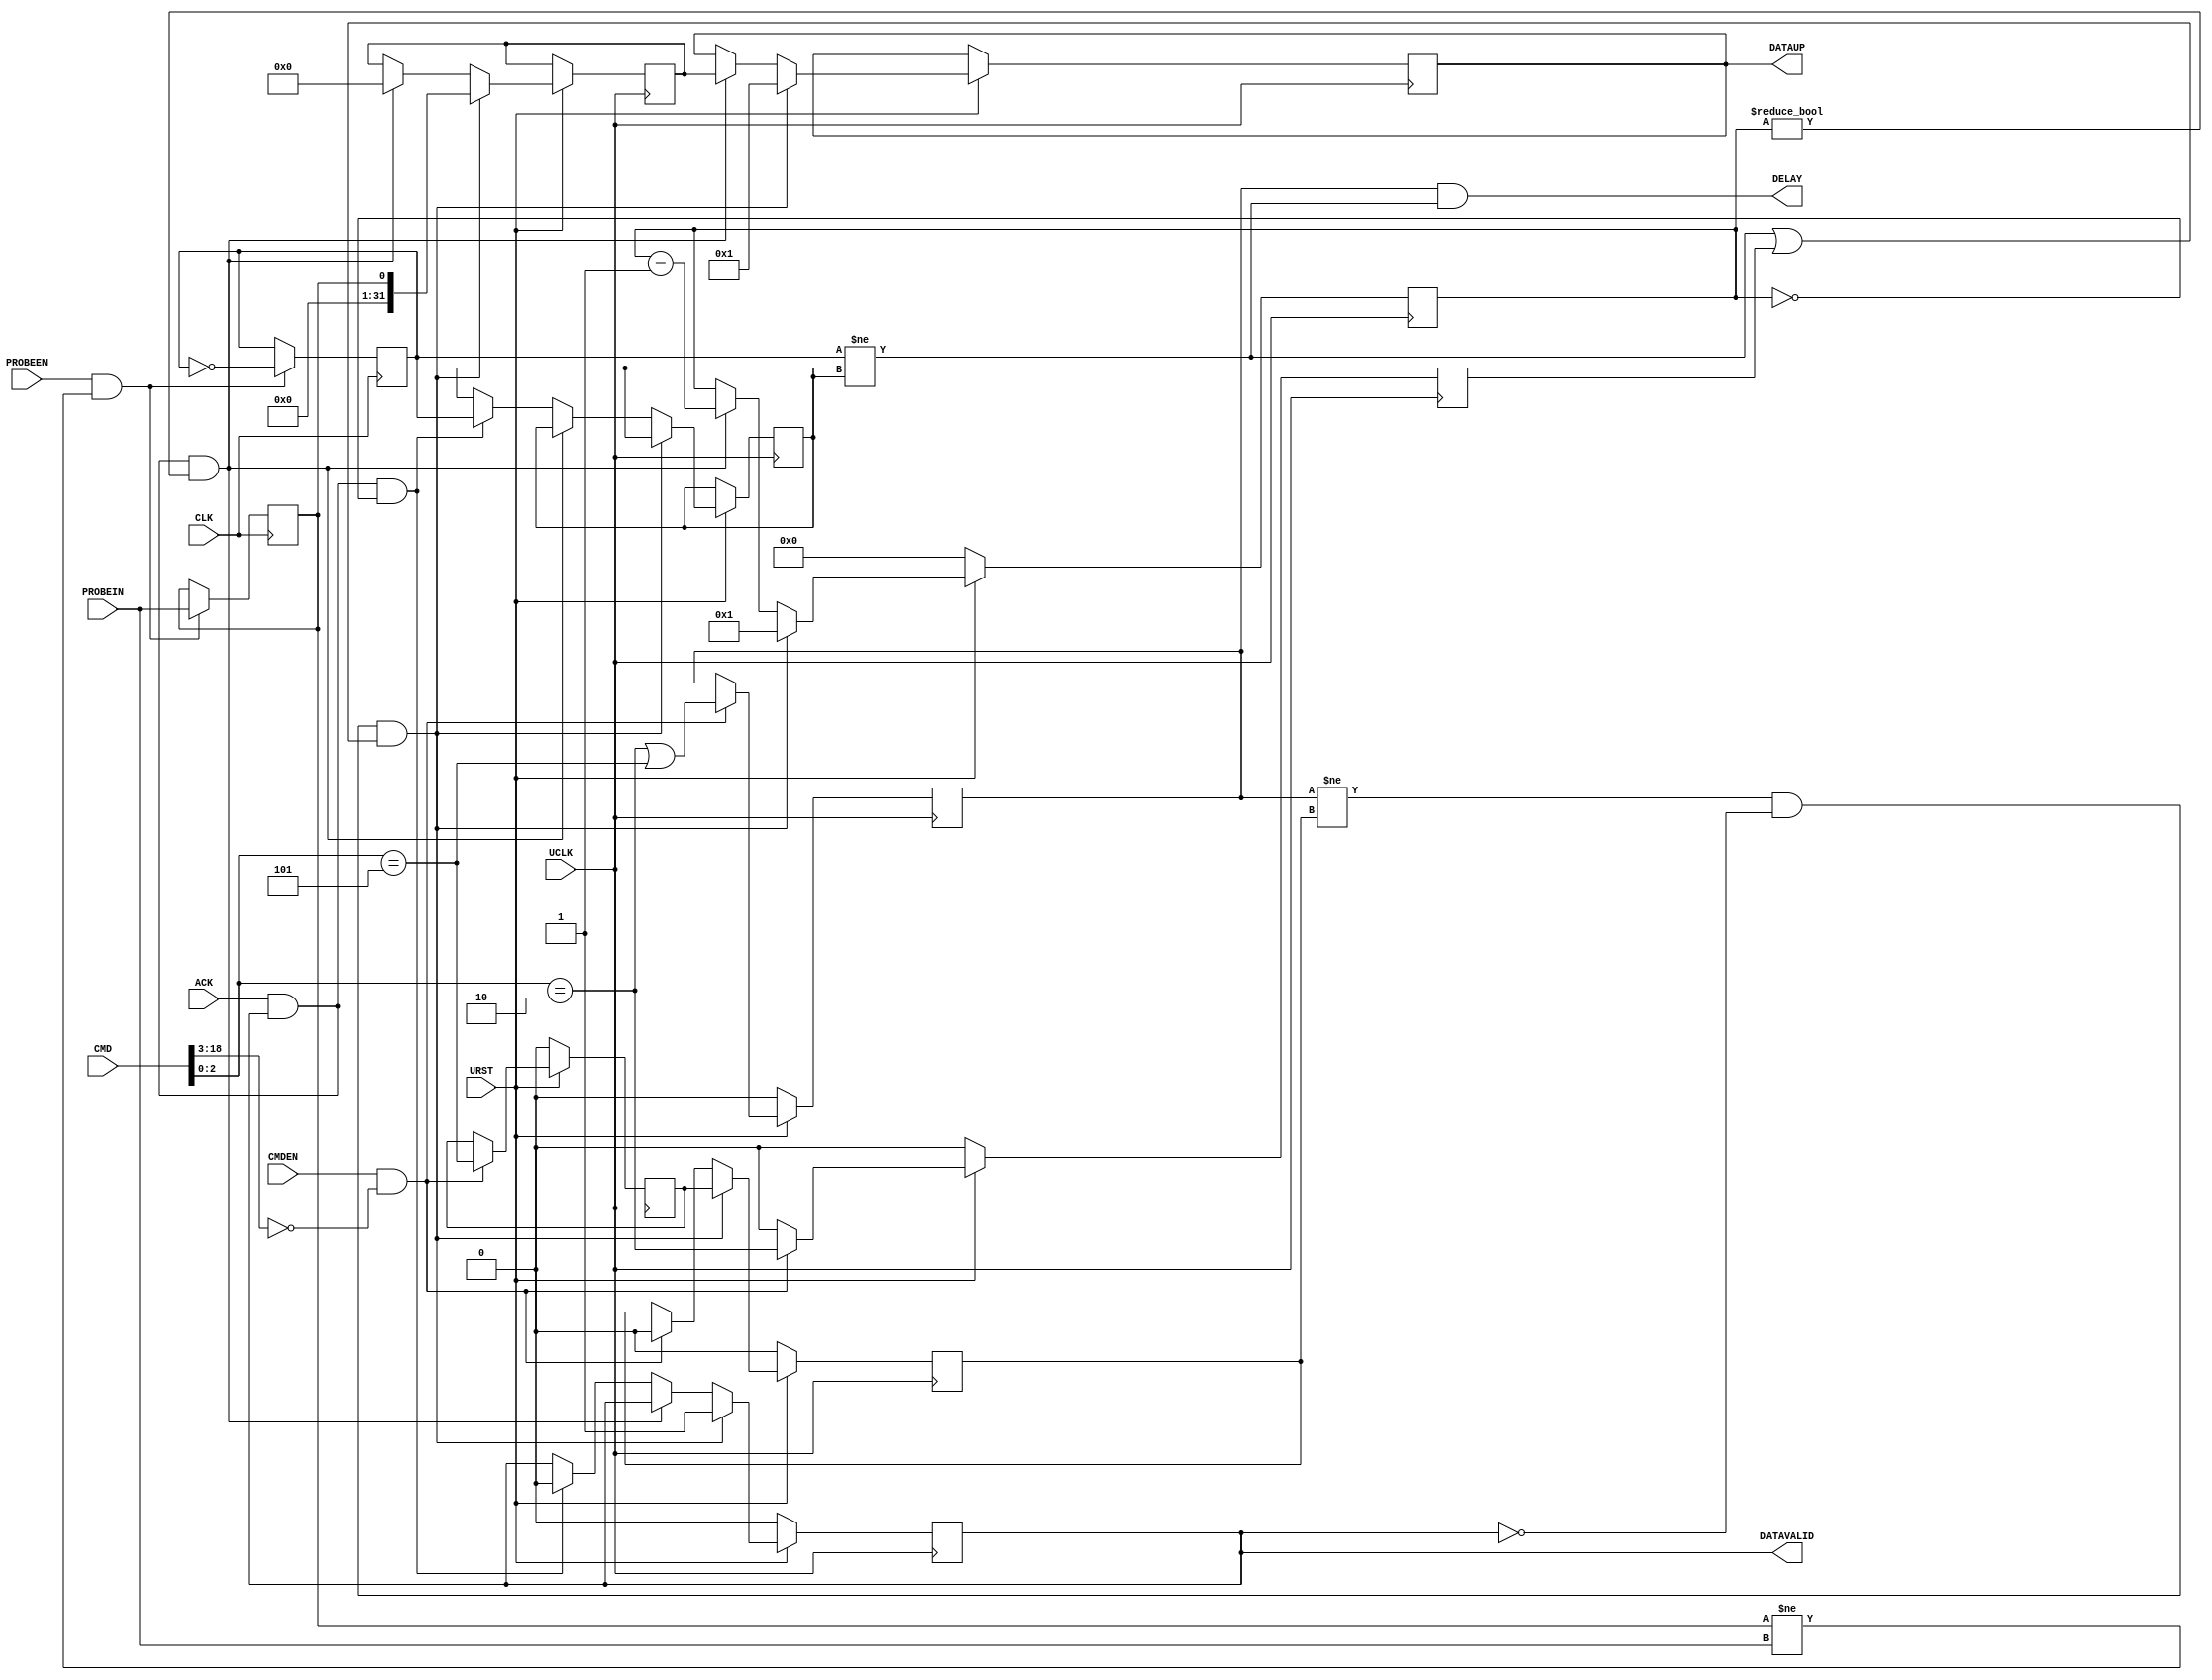

`ifdef BSV_ASSIGNMENT_DELAY
`else
  `define BSV_ASSIGNMENT_DELAY
`endif

`ifdef BSV_POSITIVE_RESET
  `define BSV_RESET_VALUE 1'b1
  `define BSV_RESET_EDGE posedge
`else
  `define BSV_RESET_VALUE 1'b0
  `define BSV_RESET_EDGE negedge
`endif


`define PENABLE   3'd2
`define PSENDONCE 3'd5 // must agree with EnableMode in SceMiSerialProbe

module ProbeValue (
                   UCLK,
                   URST,
                   // Down link
                   CMDEN,
                   CMD,
                   // Up link
                   DELAY,
                   DATAUP,
                   DATAVALID,
                   ACK,
                   //
                   CLK,
                   // Probe data with valid bit
                   PROBEIN,
                   PROBEEN
                 );

   parameter ProbeId = 0;
   parameter ProbeWidth = 1;
   parameter InitiallyEnabled = 1'b0;

   localparam ProbeWords = (31+ProbeWidth)/32;
   localparam ProbeWBits = (ProbeWidth > 32) ? ProbeWidth : 32;

   input UCLK;
   input URST;
   input CLK;

   input [ProbeWidth-1:0] PROBEIN;
   input                  PROBEEN;

   output [31:0] DATAUP;
   output        DELAY;
   output        DATAVALID;
   input         ACK;

   input         CMDEN;
   input [18:0]  CMD;

   // Output declarations
   reg [31:0]    DATAUP;        // on UCLK
   wire          DELAY;

   wire [15:0]  probenum = CMD [18:3];
   wire [2:0]   cmd      = CMD  [2:0];

   // On local clock
   reg [ProbeWidth-1:0] probeData; // not reset
   reg                  probeChanged;

   // on UCLK/reset
   reg                  enabled;
   reg                  sending;
   reg                  forced;
   reg 			sendOnce;
   reg 			sentOne;
   reg [7:0]            remaining;
   reg [ProbeWBits-1:0] captured; // not reset
   reg                  captureChanged;

   wire newData     = probeChanged != captureChanged;
   assign DELAY   = enabled && newData;
   assign DATAVALID = sending;
   wire [ProbeWBits+31:0]  temp = {32'b0,captured};

   always @(posedge UCLK) begin
      if (URST != !`BSV_RESET_VALUE) begin
         enabled   <= `BSV_ASSIGNMENT_DELAY InitiallyEnabled;
	 forced    <= `BSV_ASSIGNMENT_DELAY 1'b0;
         remaining <= `BSV_ASSIGNMENT_DELAY 8'b0;
         sending   <= `BSV_ASSIGNMENT_DELAY 1'b0;
         sendOnce  <= `BSV_ASSIGNMENT_DELAY 1'b0;
         sentOne   <= `BSV_ASSIGNMENT_DELAY 1'b0;
      end
      else begin
         // Enable or disable the probe
         if (CMDEN && (probenum == ProbeId[15:0])) begin
            enabled <= `BSV_ASSIGNMENT_DELAY (cmd == `PENABLE || cmd == `PSENDONCE);
            forced  <= `BSV_ASSIGNMENT_DELAY (cmd == `PENABLE);
            sendOnce<= `BSV_ASSIGNMENT_DELAY (cmd == `PSENDONCE);
            sentOne <= `BSV_ASSIGNMENT_DELAY 1'b0;
         end
         else begin
            forced  <= `BSV_ASSIGNMENT_DELAY 1'b0 ;
         end

         // FSM for shipping out data
         if ((enabled!=sentOne) &&  !sending && (newData || forced)) begin
            remaining <= `BSV_ASSIGNMENT_DELAY ProbeWords[7:0];
            captured  <= `BSV_ASSIGNMENT_DELAY probeData;
            DATAUP    <= `BSV_ASSIGNMENT_DELAY  {ProbeId[15:0], 8'b0, ProbeWords[7:0] };
            sending   <= `BSV_ASSIGNMENT_DELAY  1'b1;
            sentOne   <= `BSV_ASSIGNMENT_DELAY  sendOnce;
         end
         else if (ACK && sending && remaining != 16'b0) begin
            remaining  <= `BSV_ASSIGNMENT_DELAY remaining - 1'd1;
            DATAUP     <= `BSV_ASSIGNMENT_DELAY captured [31:0];
            captured   <= `BSV_ASSIGNMENT_DELAY temp[ProbeWBits+31:32];
         end
         else if (ACK && sending && remaining == 8'b0) begin
            sending        <= `BSV_ASSIGNMENT_DELAY 1'b0;
            captureChanged <= `BSV_ASSIGNMENT_DELAY probeChanged;
         end
      end
   end

   // Local clock == uclock and lclock are edge aligned.
   wire newProbeData = probeData != PROBEIN;
   always @(posedge CLK) begin
      if (PROBEEN && newProbeData) begin
         probeData    <= `BSV_ASSIGNMENT_DELAY PROBEIN;
         probeChanged <= `BSV_ASSIGNMENT_DELAY ! probeChanged;
      end
      // synopsys translate_off
      if (enabled && newProbeData && newData) begin
         $display ("Error: %m Probevalue has been overrun with data!");
      end
      // synopsys translate_on

   end

`ifdef BSV_NO_INITIAL_BLOCKS
`else // not BSV_NO_INITIAL_BLOCKS
   // synopsys translate_off
   initial begin
      probeData   <= { ProbeWidth {1'b0 } };
      probeChanged <= 1'b0;

      enabled     <= 1'b0 ;
      sending     <= 1'b0 ;
      forced      <= 1'b0;
      remaining   <= 8'h0 ;
      captured    <= { ProbeWBits/2 {2'b10 } };
      captureChanged <= 1'b0;
      DATAUP      <= {16 {2'b10}};
   end
   // synopsys translate_on
`endif

endmodule